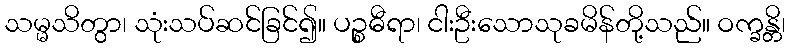
သမ္မသိတွာ၊ သုံးသပ်ဆင်ခြင်၍။ ပဉ္စဓီရာ၊ ငါးဦးသောသုခမိန်တို့သည်။ ဝက္ခန္တိ၊